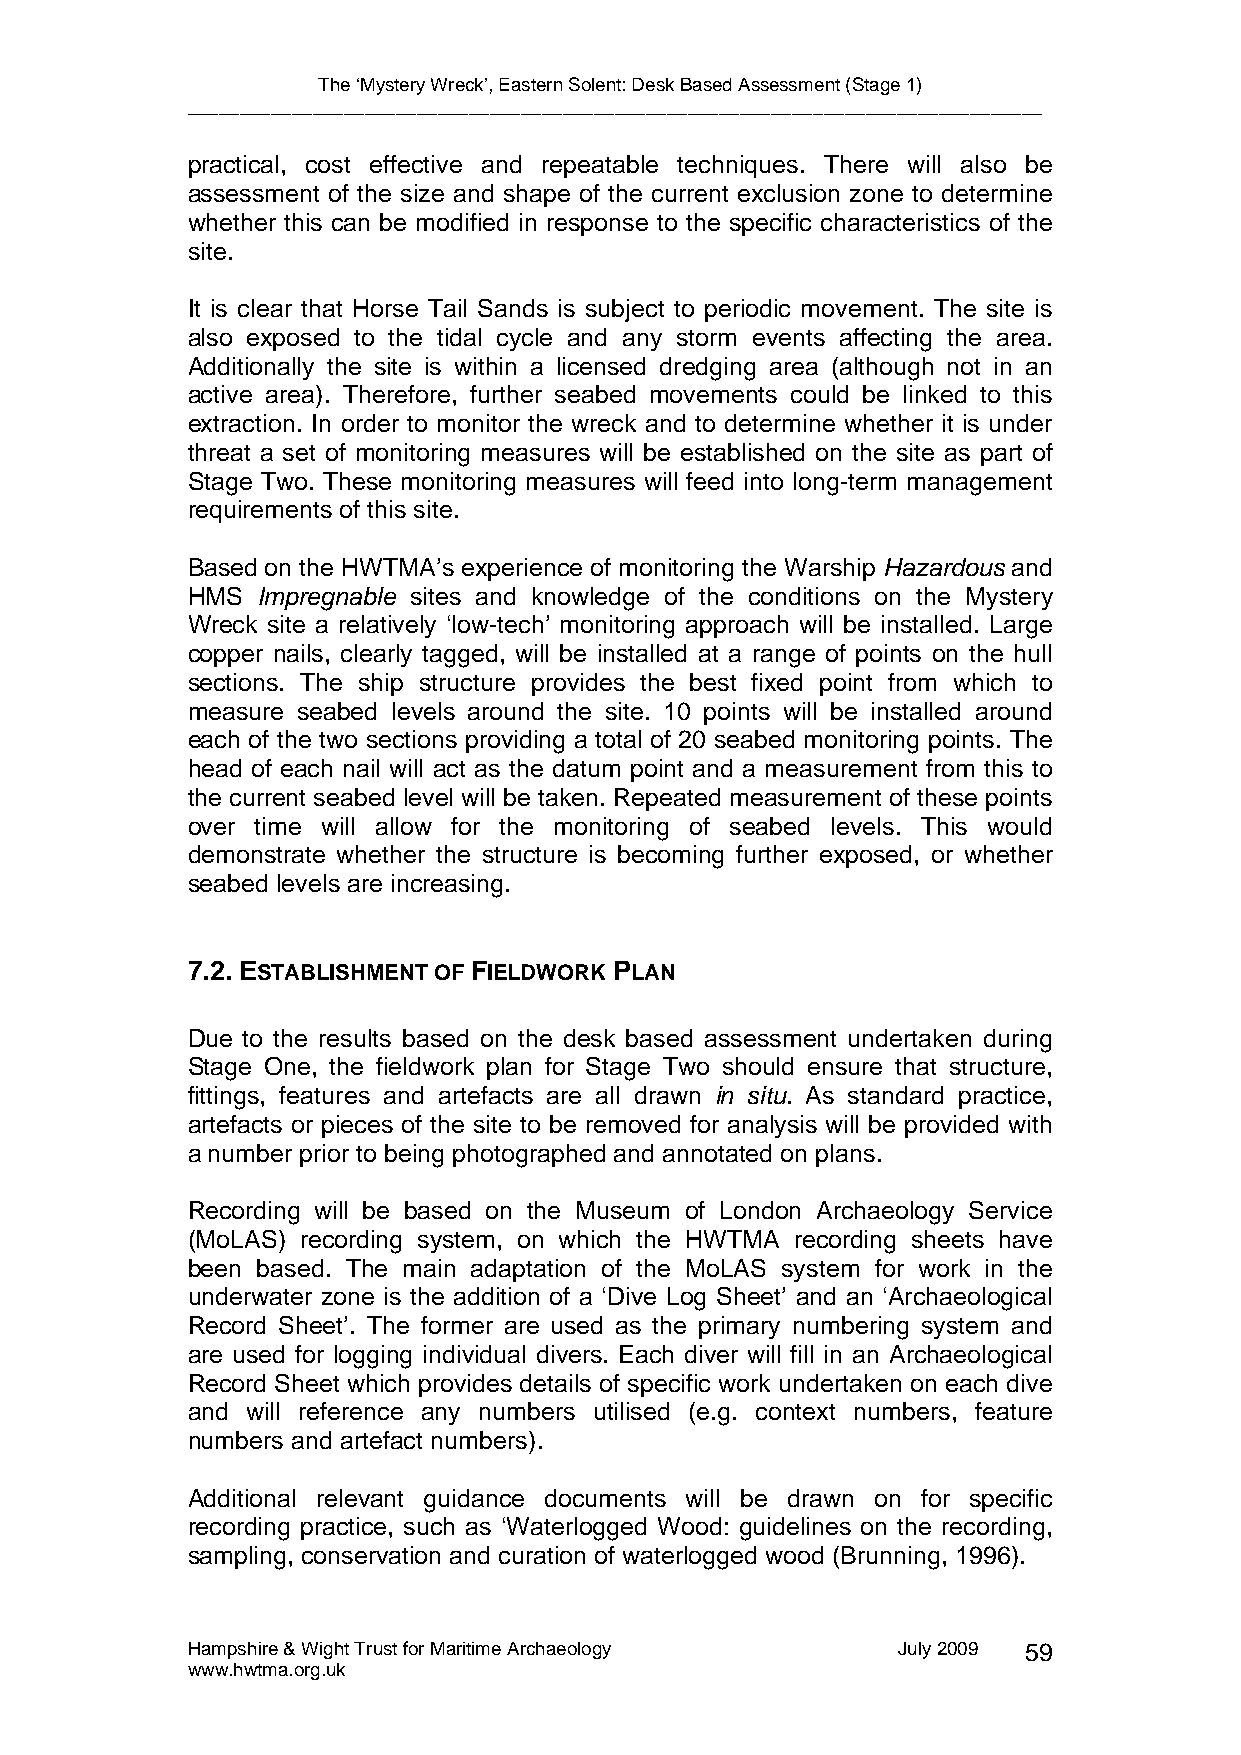
The ‘Mystery Wreck’, Eastern Solent: Desk Based Assessment (Stage 1)
 __________________________________________________________________________________
 practical, cost effective and repeatable techniques. There will also be
 assessment of the size and shape of the current exclusion zone to determine
 whether this can be modified in response to the specific characteristics of the
 site.
 It is clear that Horse Tail Sands is subject to periodic movement. The site is
 also exposed to the tidal cycle and any storm events affecting the area.
 Additionally the site is within a licensed dredging area (although not in an
 active area). Therefore, further seabed movements could be linked to this
 extraction. In order to monitor the wreck and to determine whether it is under
 threat a set of monitoring measures will be established on the site as part of
 Stage Two. These monitoring measures will feed into long-term management
 requirements of this site.
 Based on the HWTMA’s experience of monitoring the Warship Hazardous and
 HMS  Impregnable sites and knowledge of the conditions on the Mystery
 Wreck site a relatively ‘low-tech’ monitoring approach will be installed. Large
 copper nails, clearly tagged, will be installed at a range of points on the hull
 sections. The ship structure provides the best fixed point from which to
 measure seabed levels around the site. 10 points will be installed around
 each of the two sections providing a total of 20 seabed monitoring points. The
 head of each nail will act as the datum point and a measurement from this to
 the current seabed level will be taken. Repeated measurement of these points
 over time will allow for the monitoring of seabed levels. This would
 demonstrate whether the structure is becoming further exposed, or whether
 seabed levels are increasing.
 7.2.ESTABLISHMENT OF FIELDWORK PLAN
 Due to the results based on the desk based assessment undertaken during
 Stage One, the fieldwork plan for Stage Two should ensure that structure,
 fittings, features and artefacts are all drawn in situ. As standard practice,
 artefacts or pieces of the site to be removed for analysis will be provided with
 a number prior to being photographed and annotated on plans.
 Recording will be based on the Museum of London Archaeology Service
 (MoLAS) recording system, on which the HWTMA recording sheets have
 been based. The main adaptation of the MoLAS system for work in the
 underwater zone is the addition of a ‘Dive Log Sheet’ and an ‘Archaeological
 Record Sheet’. The former are used as the primary numbering system and
 are used for logging individual divers. Each diver will fill in an Archaeological
 Record Sheet which provides details of specific work undertaken on each dive
 and will reference any numbers utilised (e.g. context numbers, feature
 numbers and artefact numbers).
 Additional relevant guidance documents will be drawn on for specific
 recording practice, such as ‘Waterlogged Wood: guidelines on the recording,
 sampling, conservation and curation of waterlogged wood (Brunning, 1996).
 Hampshire & Wight Trust for Maritime Archaeology July 2009 59
 www.hwtma.org.uk